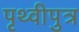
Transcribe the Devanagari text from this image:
पृथ्वीपुत्र